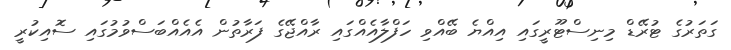
ގަތަރުގެ ޓުރޭޑް މިނިސްޓޫރީގައި އިއްޔެ ބޭއްވި ހަފްލާއެއްގައި ރާއްޖޭގެ ފަރާތުން އެއެއްބަސްވުމުގައި ސޮއިކުރީ